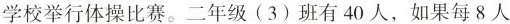
学校举行体操比赛。二年级(3)班有40人，如果每8人